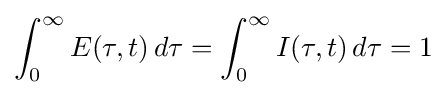
\int _{0}^{\infty }E(\tau ,t)\,d\tau =\int _{0}^{\infty }I(\tau ,t)\,d\tau =1